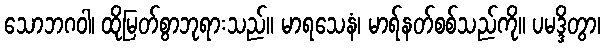
သောဘဂဝါ၊ ထိုမြတ်စွာဘုရားသည်။ မာရသေနံ၊ မာရ်နတ်စစ်သည်ကို။ ပမဒ္ဒိတွာ၊